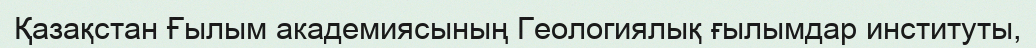
Қазақстан Ғылым академиясының Геологиялық ғылымдар институты,